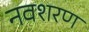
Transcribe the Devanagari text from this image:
नवशरण